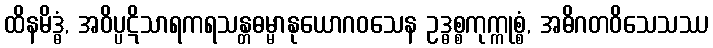
ထိနမိဒ္ဓံ, အဝိပ္ပဋိသာရကရသန္တဓမ္မာနုယောဂဝသေန ဥဒ္ဓစ္စကုက္ကုစ္စံ, အဓိဂတဝိသေသဿ